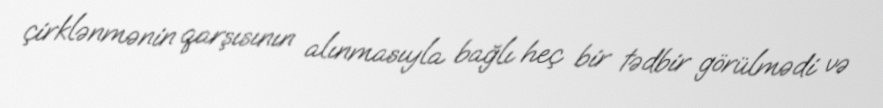
çirklənmənin qarşısının alınmasıyla bağlı heç bir tədbir görülmədi və